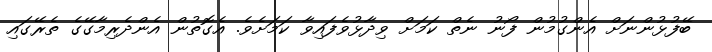
ބޭފުޅުންނަށް އެންގުމުން ފޯނު ނެތް ކަމަށް ވިދާޅުވެފައިވާ ކަމަށެވެ. އެގޮތުން އެންދެރިމާގޭގެ ތެރޭގައި